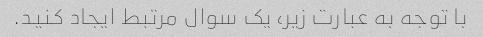
با توجه به عبارت زیر، یک سوال مرتبط ایجاد کنید.